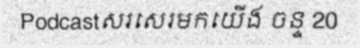
Podcastសរសេរមកយើង ចន្ទ 20